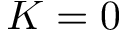
K = 0